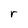
Character: r